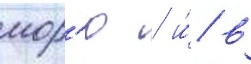
мор'ю / и́ в